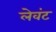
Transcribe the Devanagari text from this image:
लेवंट